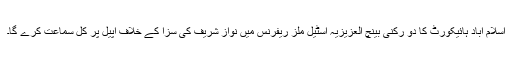
اسلام آباد ہائیکورٹ کا دو رکنی بینچ العزیزیہ اسٹیل ملز ریفرنس میں نواز شریف کی سزا کے خلاف اپیل پر کل سماعت کرے گا۔